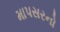
માપસરનો